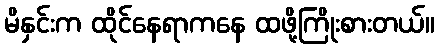
မိနှင်းက ထိုင်နေရာကနေ ထဖို့ကြိုးစားတယ်။